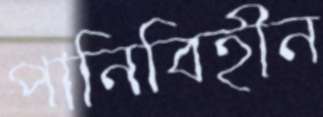
পানিবিহীন